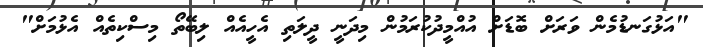
"އަޅުގަނޑުމެން ވަރަށް ބޮޑަށް އުއްމީދުކުރަމުން މިދަނީ ދީލަތި އެހީއެއް ލިބޭތޯ މިސްކިތެއް އެޅުމަށް"